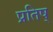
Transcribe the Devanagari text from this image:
प्रतिष्